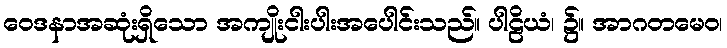
ဝေဒနာအဆုံးရှိသော အကျိုးငါးပါးအပေါင်းသည်။ ပါဠိယံ၊ ၌။ အာဂတမေဝ၊